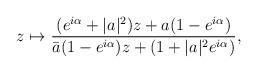
LaTeX: \begin{align*}z\mapsto \frac{(e^{i\alpha}+|a|^{2})z+a(1-e^{i\alpha})}{\bar{a}(1-e^{i\alpha})z+(1+|a|^{2}e^{i\alpha})},\end{align*}